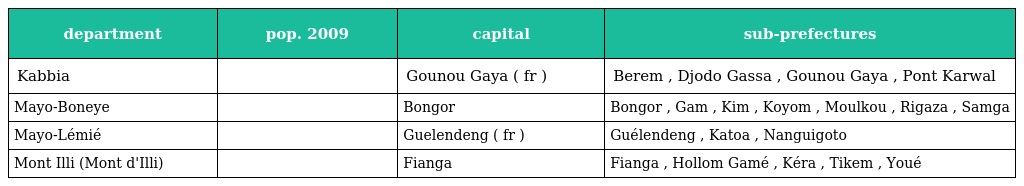
| department | pop. 2009 | capital | sub-prefectures |
 | --- | --- | --- | --- |
 | Kabbia |  | Gounou Gaya ( fr ) | Berem , Djodo Gassa , Gounou Gaya , Pont Karwal |
 | Mayo-Boneye |  | Bongor | Bongor , Gam , Kim , Koyom , Moulkou , Rigaza , Samga |
 | Mayo-Lémié |  | Guelendeng ( fr ) | Guélendeng , Katoa , Nanguigoto |
 | Mont Illi (Mont d'Illi) |  | Fianga | Fianga , Hollom Gamé , Kéra , Tikem , Youé |